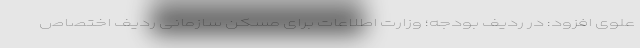
علوی افزود: در ردیف بودجه؛ وزارت اطلاعات برای مسکن سازمانی ردیف اختصاص